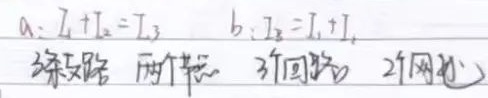
a: \(I_{1} + I_{2} = I_{3}\)  b: \(I_{3}=I_{1}+I_{4}\)
5条支路 两个节点 3个回路 2个网孔